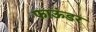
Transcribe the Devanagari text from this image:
फाऊंडर